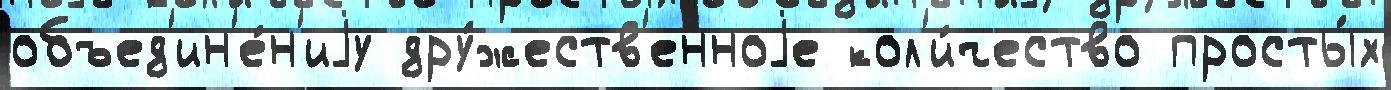
объед'ин'е́н'иjу дру́жеств'енноjе кол'и́чество просты́х